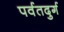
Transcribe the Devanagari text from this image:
पर्वतदुर्ग